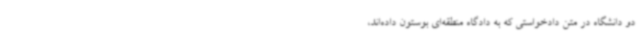
دو دانشگاه در متن دادخواستی که به دادگاه منطقه‌ای بوستون داده‌اند،